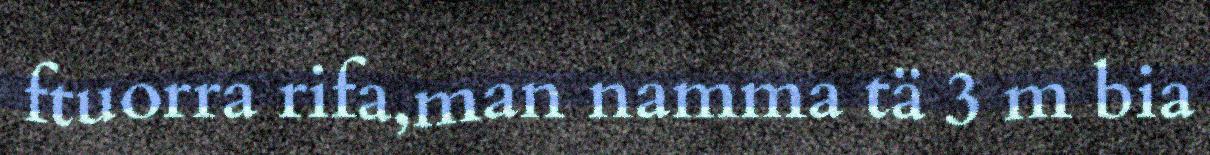
ftuorra rifa,man namma tä 3 m bia